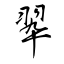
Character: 翆